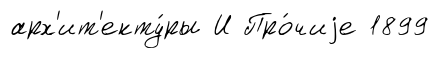
арх'ит'екту́ры И Про́чиjе 1899